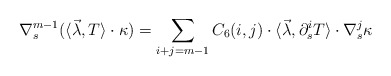
\begin{align*}&\nabla_s^{m-1}(\langle \vec\lambda, T\rangle\cdot\kappa)=\sum_{i+j=m-1}C_{6}(i, j)\cdot\langle \vec\lambda, \partial_s^{i}T \rangle\cdot\nabla_s^{j}\kappa \end{align*}